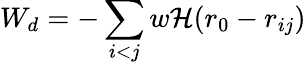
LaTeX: W_{d}=-\sum_{i<j}w\mathcal{H}(r_{0}-r_{ij})